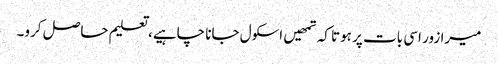
میرا زور اسی بات پر ہوتا کہ تمھیں اسکول جانا چاہیے، تعلیم حاصل کرو۔